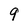
Character: 9